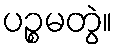
ပဉ္စမတွဲ။